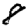
Digit: 8